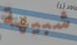
شبيهة